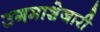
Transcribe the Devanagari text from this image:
उगमाशेजारी